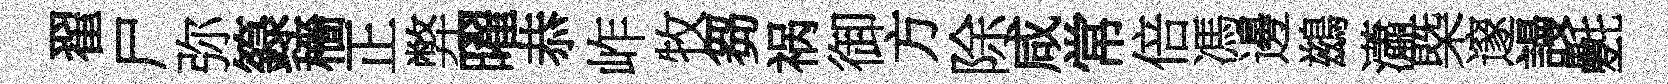
翟尸弥籙穡正弊曜恭岞牧芻祸御方除咸常倍馮邊鷀瀟槩邃謾氎